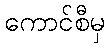
ကောင်စီမှ